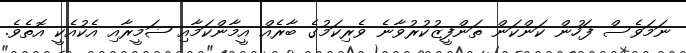
ނަމަވެސް ފަހުން ކަންކަން ތަންފީޒުކުރުވާނެ ވެރިކަމުގެ ބާރެއް އީމާންކަމާއި ޟަމީރާއި އެކުއެކީ އޮތެވެ.